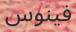
فينوس